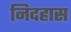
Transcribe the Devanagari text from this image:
निदहास